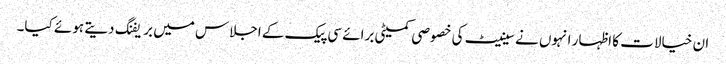
ان خیالات کا اظہار انہوں نے سینیٹ کی خصوصی کمیٹی برائے سی پیک کے اجلاس میں بریفنگ دیتے ہوئے کیا۔